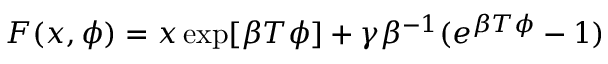
F ( x , \phi ) = x \exp [ \beta T \phi ] + \gamma \beta ^ { - 1 } ( e ^ { \beta T \phi } - 1 )